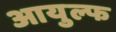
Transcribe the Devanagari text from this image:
आयुल्फ